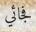
فجائي